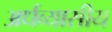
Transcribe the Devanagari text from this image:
अर्धव्यासीय